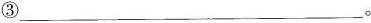
③___。